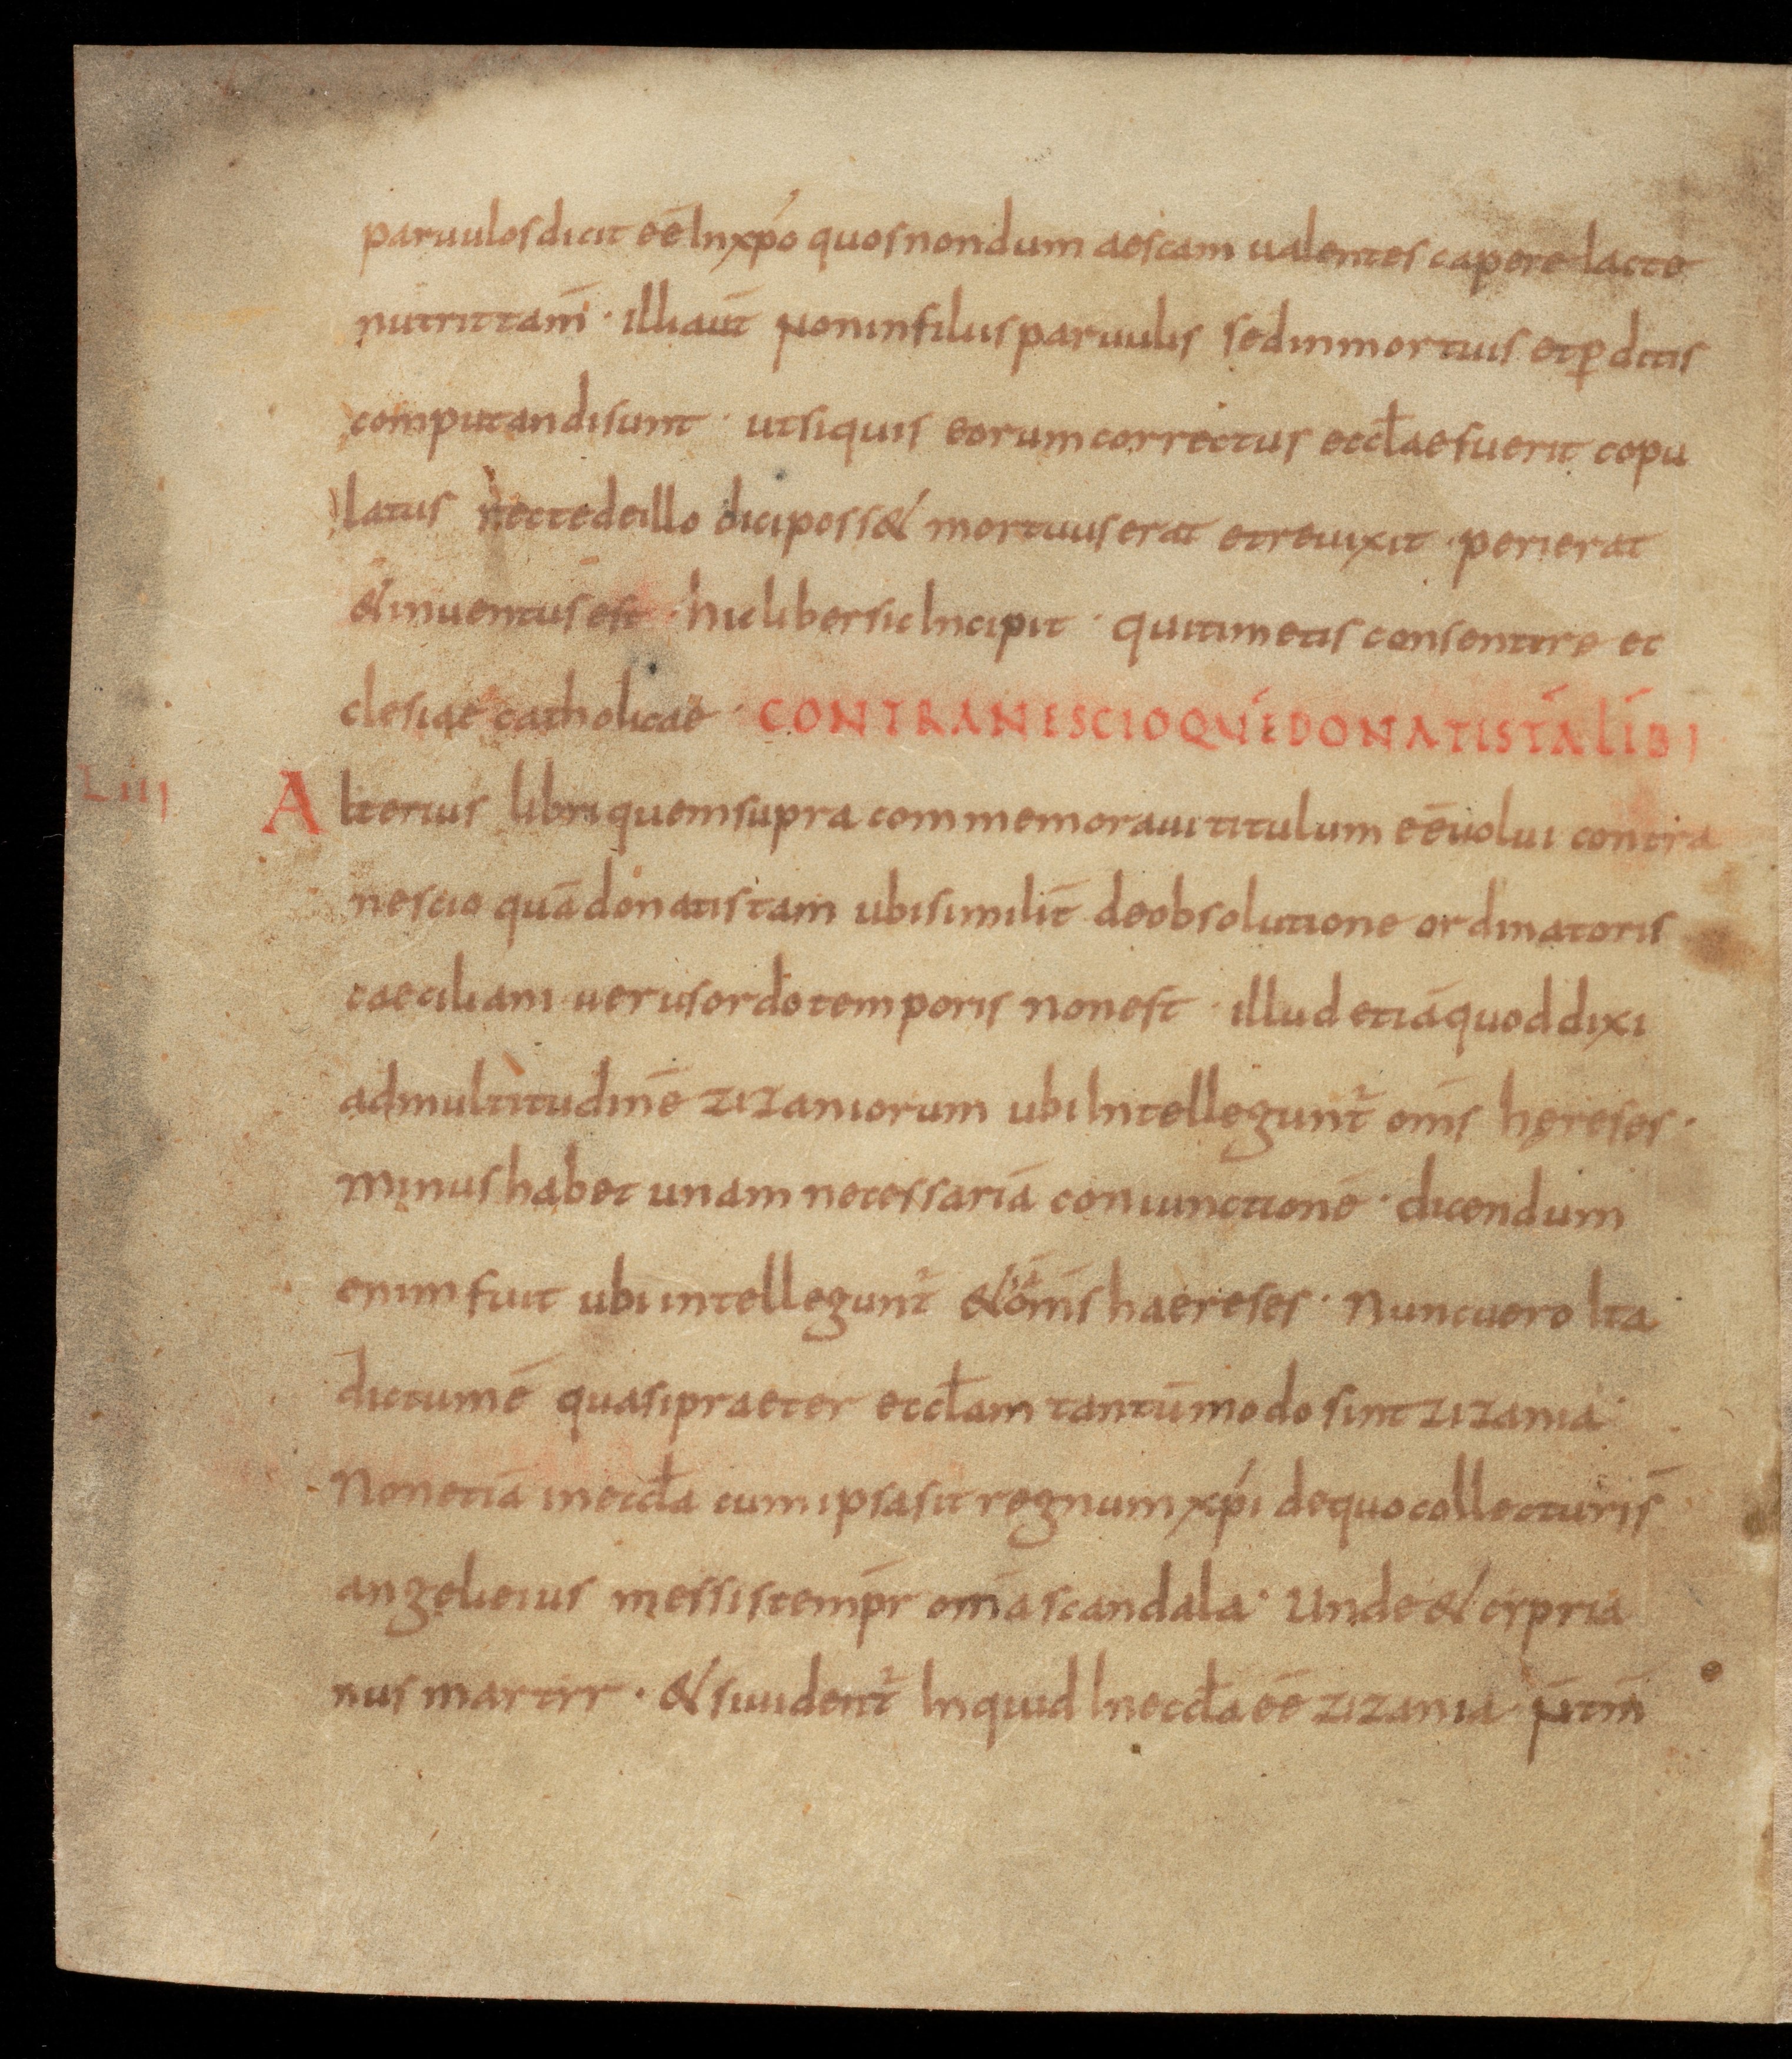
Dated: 850–899